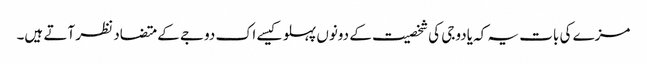
مزے کی بات یہ کہ یادوجی کی شخصیت کے دونوں پہلو کیسے اک دوجے کے متضاد نظر آتے ہیں۔